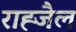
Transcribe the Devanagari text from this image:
राह्जैल